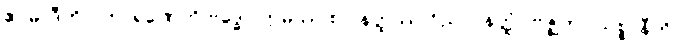
ဧဝမာဒီဟိပိ ကာရဏေဟိ ဗုဒ္ဓေါ။ ဣမဿ စ ပနတ္ထဿ ဝိညာပနတ္ထံ “ဗုဇ္ဈိတာ သစ္စာနီတိ